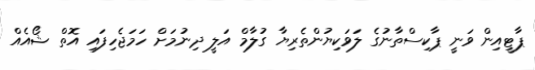
ޕާޓީއިން ވަނީ ޕާކިސްތާނުގެ ލަވަކިޔުންތެރިޔާ ގުލާމް އަލީ ދިނުމަށް ހަމަޖެހިފައި އޮތް ޝޯއެއް